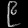
Digit: ၉